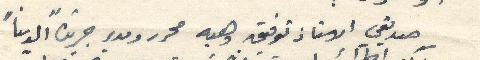
صديقي الاستاذ توفيق وهبه محرر ومدير جريدة "الدنيا"